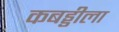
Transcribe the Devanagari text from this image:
कबड्डीला